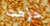
حزمت